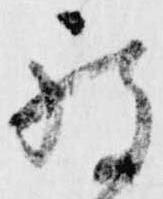
被